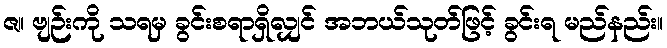
ဇ။ ဗျဉ်းကို သရမှ ခွင်းစရာရှိလျှင် အဘယ်သုတ်ဖြင့် ခွင်းရ မည်နည်း။